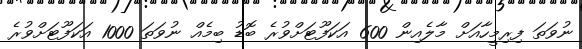
ނުވަތަ ފިރިމީހާއަށް މާލެއިން 600 އަކަފޫޓަށްވުރެ ބޮޑު ބިމެއް ނުވަތަ 1000 އަކަފޫޓަށްވުރެ